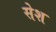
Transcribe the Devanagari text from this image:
सेश